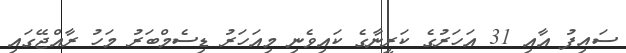
ސައިފު އާއި 31 އަހަރުގެ ކަރީނާގެ ކައިވެނި މިއަހަރު ޑިސެމްބަރު މަހު ރާއްޖޭގައި